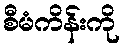
စီမံကိန်းကို